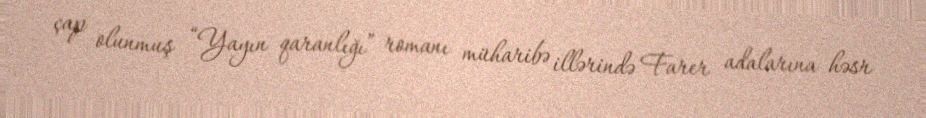
çap olunmuş “Yayın qaranlığı” romanı müharibə illərində Farer adalarına həsr